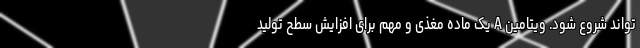
تواند شروع شود. ویتامین A یک ماده مغذی و مهم برای افزایش سطح تولید